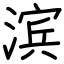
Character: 滨